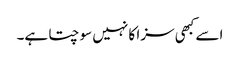
اسے کبھی سزا کا نہیں سوچتا ہے۔